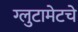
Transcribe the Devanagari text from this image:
ग्लुटामेटचे